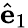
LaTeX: \hat{\mathbf e}_{1}